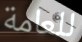
للعامة